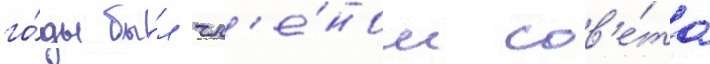
го́ды бы́л чл'е́ном сов'е́та